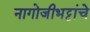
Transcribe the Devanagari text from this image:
नागोजीभट्टांचे